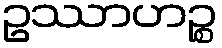
ဥဿာဟဉ္စ